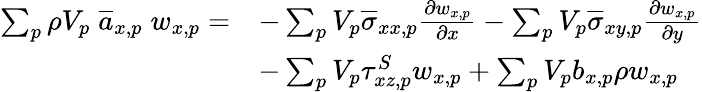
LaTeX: \begin{array}{rl}{\sum_{p}\rho V_{p}\; \overline{{a}}_{x,p}\; w_{x,p}=}&{-\sum_{p}V_{p}\overline{{\sigma}}_{xx,p}\frac{\partial w_{x,p}}{\partial x}-\sum_{p}V_{p}\overline{{\sigma}}_{xy,p}\frac{\partial w_{x,p}}{\partial y}}\\ &{-\sum_{p}V_{p}\tau_{xz,p}^{S}w_{x,p}+\sum_{p}V_{p}b_{x,p}\rho w_{x,p}}\end{array}